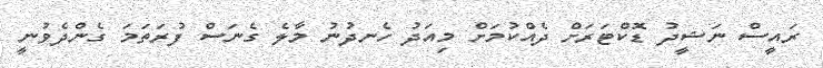
ރައީސް ނަޝީދު ޑޮކްޓަރަށް ދެއްކުމަށް މިއަދު ހެނދުނު މާލެ ގެނަސް ފުރަތަމަ ގެންދެވުނީ